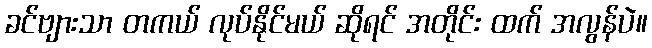
ခင်ဗျားသာ တကယ် လုပ်နိုင်မယ် ဆိုရင် အတိုင်း ထက် အလွန်ပဲ။